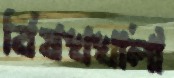
বিষখখালী